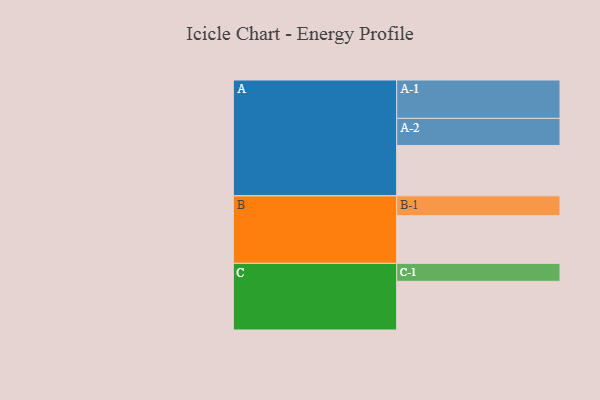
{"axis": {"x": "Segment", "y": "Value"}, "legend": ["", "A", "B", "C"], "data": [{"x": "A", "y": 390, "type": ""}, {"x": "B", "y": 369, "type": ""}, {"x": "C", "y": 377, "type": ""}, {"x": "A-1", "y": 297, "type": "A"}, {"x": "A-2", "y": 210, "type": "A"}, {"x": "B-1", "y": 154, "type": "B"}, {"x": "C-1", "y": 139, "type": "C"}]}